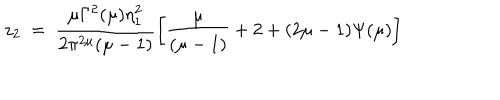
LaTeX: z _ { 2 } ~ = ~ \frac { \mu \Gamma ^ { 2 } ( \mu ) \eta _ { 1 } ^ { 2 } } { 2 \pi ^ { 2 \mu } ( \mu - 1 ) } \left[ \frac { \mu } { ( \mu - 1 ) } + 2 + ( 2 \mu - 1 ) \Psi ( \mu ) \right]